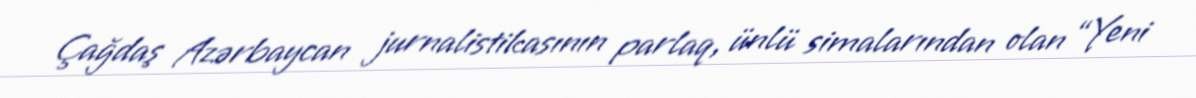
Çağdaş Azərbaycan jurnalistikasının parlaq, ünlü simalarından olan “Yeni